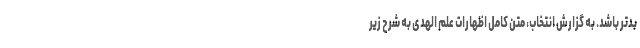
بدتر باشد. به گزارش انتخاب، متن کامل اظهارات علم الهدی به شرح زیر